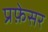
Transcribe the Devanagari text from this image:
प्रफ़ेसर